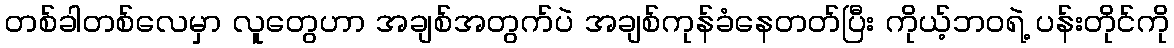
တစ်ခါတစ်လေမှာ လူတွေဟာ အချစ်အတွက်ပဲ အချစ်ကုန်ခံနေတတ်ပြီး ကိုယ့်ဘဝရဲ့ ပန်းတိုင်ကို